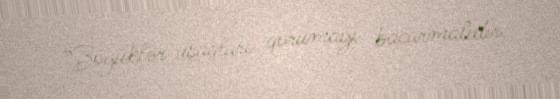
“Böyüklər uşaqları qorumağı bacarmalıdır.